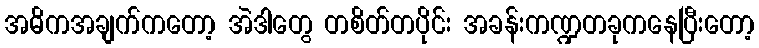
အဓိကအချက်ကတော့ အဲဒါတွေ တစိတ်တပိုင်း အခန်းကဏ္ဍတခုကနေပြီးတော့